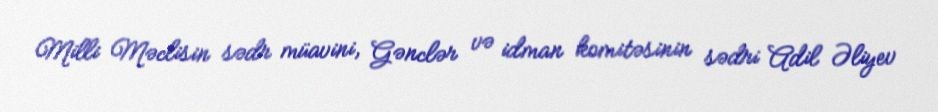
Milli Məclisin sədr müavini, Gənclər və idman komitəsinin sədri Adil Əliyev